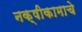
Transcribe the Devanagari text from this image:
नक्षीकामाचे